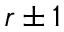
r \pm 1